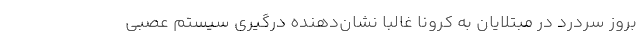
بروز سردرد در مبتلایان به کرونا غالبا نشان‌دهنده درگیری سیستم عصبی